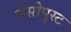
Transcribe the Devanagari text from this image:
मेसोपुस्ट